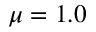
\mu = 1 . 0